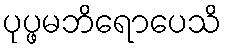
ပုပ္ဖမဘိရောပေသိ